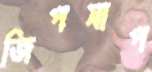
জিপসাপ